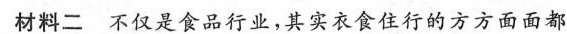
材料二 不仅是食品行业，其实衣食住行的方方面面都